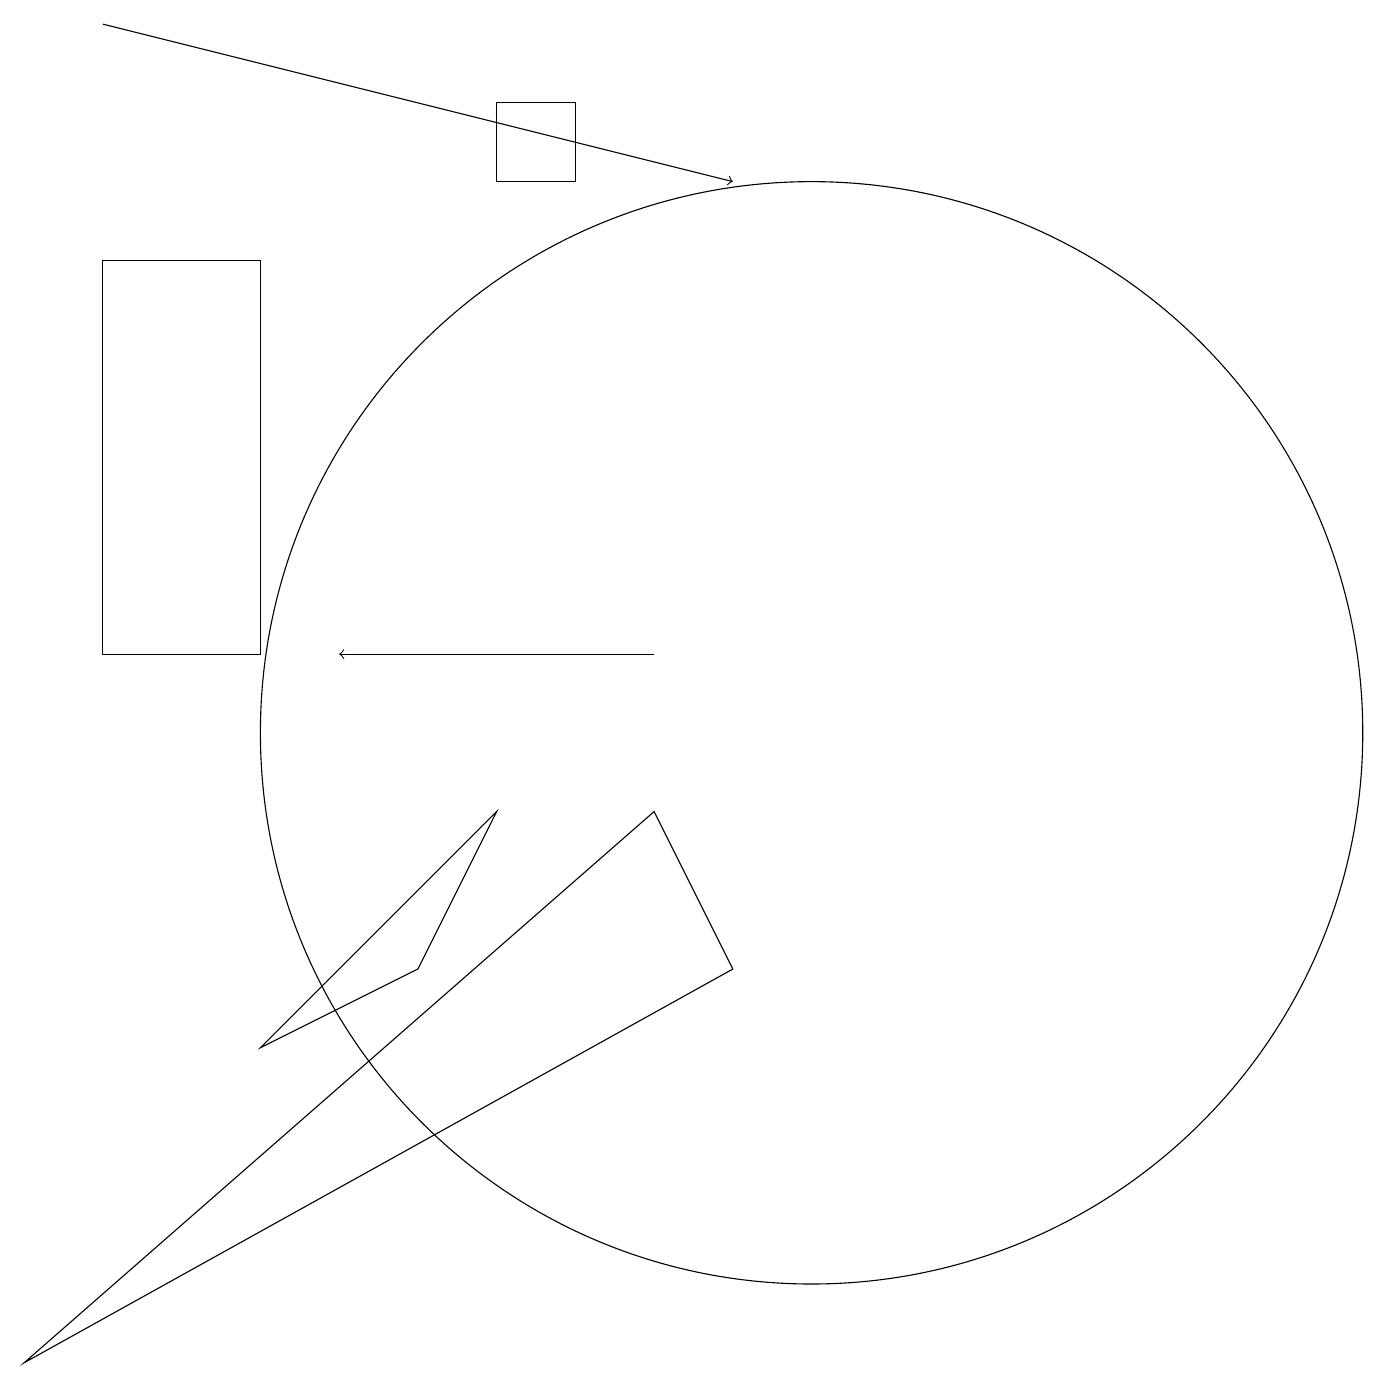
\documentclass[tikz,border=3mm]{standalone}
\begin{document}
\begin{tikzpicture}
\draw (3,11) rectangle (1,16);
\draw (0,2) -- (8,9) -- (9,7) -- cycle;
\draw (6,18) rectangle (7,17);
\draw (6,9) -- (5,7) -- (3,6) -- cycle;
\draw[->] (8,11) -- (4,11);
\draw (10,10) circle (7);
\draw[->] (1,19) -- (9,17);
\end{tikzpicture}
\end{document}